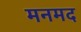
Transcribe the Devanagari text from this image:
मनमद